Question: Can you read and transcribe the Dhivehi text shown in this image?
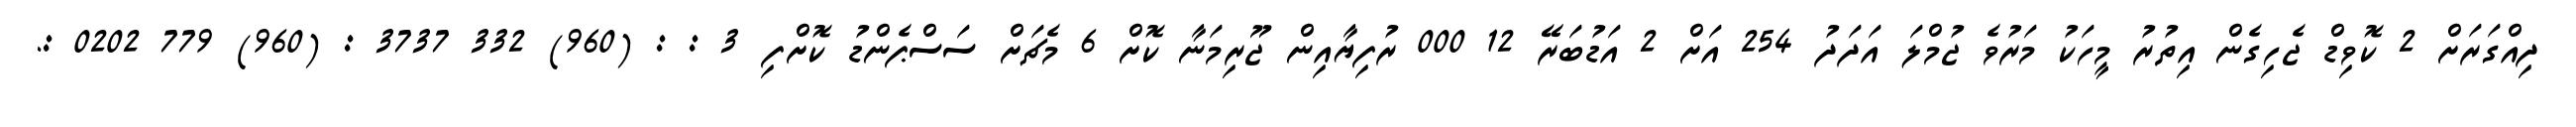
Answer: ދިއްގަރަށް 2 ކޮވިޑް ޖެހިގެން އިތުރު މީހަކު މަރުވެ ޖުމްލަ އަދަދު 254 އަށް 2 އަޑުބަރޭ 12 000 ރުފިޔާއިން ޖޫރިމަނާ ކޮށް 6 މެޗަށް ސަސްޕެންޑު ކޮށްފި 3 : : (960) 332 3737 : (960) 779 0202 :.